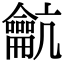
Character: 䶳